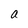
Character: a